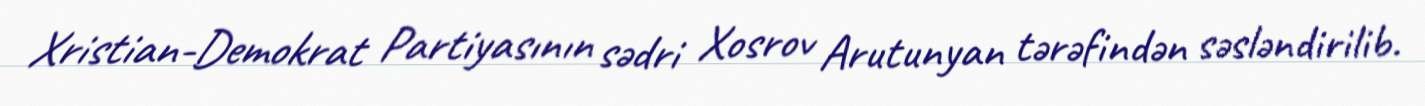
Xristian-Demokrat Partiyasının sədri Xosrov Arutunyan tərəfindən səsləndirilib.